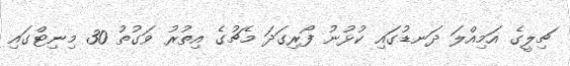
ޗިލީގެ އަމިއްލަ ދަނޑުގައި ކުޅުނު ފޯރިގަދަ މެޗުގެ އިތުރު ވަގުތު 30 މިނިޓްގައި